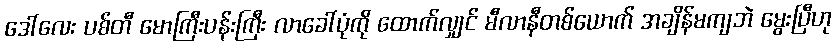
ဒေါ်လေး ပစ်တီ မောကြီးပန်းကြီး လာခေါ်ပုံကို ထောက်လျှင် မီလာနီတစ်ယောက် အချိန်မကျဘဲ မွေးပြီဟု